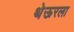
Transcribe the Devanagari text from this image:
थेऊरला